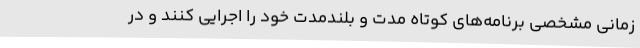
زمانی مشخصی برنامه‌های کوتاه مدت و بلندمدت خود را اجرایی کنند و در